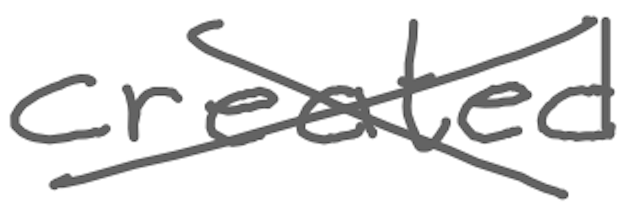
Text: created
Cross-out: cross
Writing tool: digital_gray